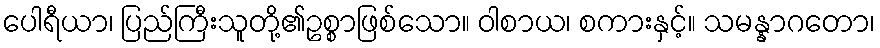
ပေါရီယာ၊ ပြည်ကြီးသူတို့၏ဥစ္စာဖြစ်သော။ ဝါစာယ၊ စကားနှင့်။ သမန္နာဂတော၊